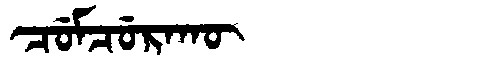
Manchu: ᠴᡠᠮᠴᡠᡵᠠᡴᡡ
Romanization: CUMCURAKŪ